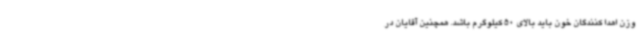
وزن اهدا کنندگان خون باید بالای 50 کیلوگرم باشد. همچنین آقایان در